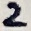
Text: 2